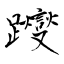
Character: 躞